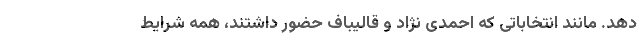
دهد. مانند انتخاباتی که احمدی نژاد و قالیباف حضور داشتند، همه شرایط